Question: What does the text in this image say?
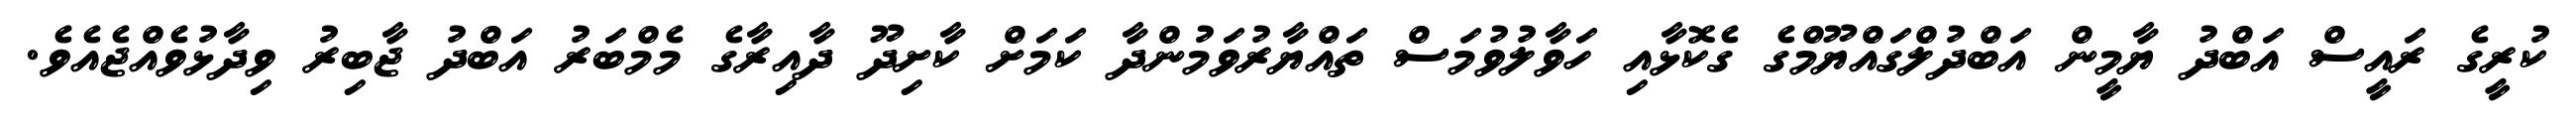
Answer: ކުރީގެ ރައީސް އަބްދު ޔާމީން އަބްދުލްގައްޔޫމްގެ ގެކޮޅާއި ހަވާލުވުމަސް ތައްޔާރުވަމުންދާ ކަމަށް ކާށިދޫ ދާއިރާގެ މެމްބަރު އަބްދު ޖާބިރު ވިދާޅުވެއްޖެއެވެ.